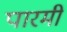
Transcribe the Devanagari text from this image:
पारमी